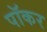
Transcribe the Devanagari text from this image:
पॉकर